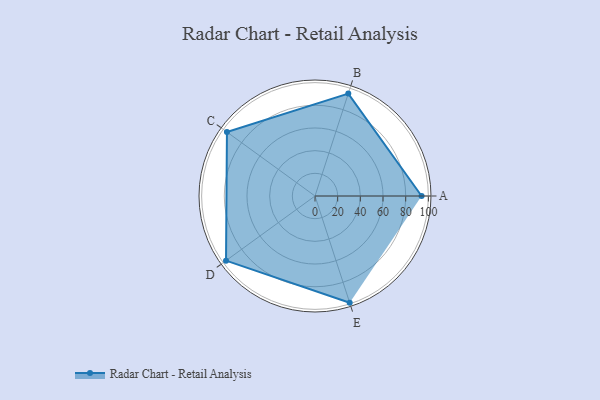
{"axis": {"x": "Skill", "y": "Score"}, "legend": ["Profile"], "data": [{"x": "A", "y": 94.0, "type": "Profile"}, {"x": "B", "y": 95.0, "type": "Profile"}, {"x": "C", "y": 96.0, "type": "Profile"}, {"x": "D", "y": 97.0, "type": "Profile"}, {"x": "E", "y": 99, "type": "Profile"}]}